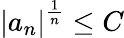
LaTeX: \left\vert a_{n}\right\vert^{\frac{1}{n}}\leq C